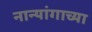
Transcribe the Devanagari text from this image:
नान्यांगाच्या